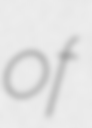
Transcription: of